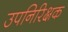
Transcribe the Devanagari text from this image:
उपनिरिक्षक